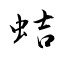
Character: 蛣